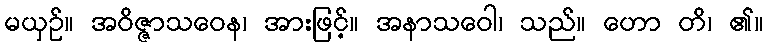
မယှဉ်။ အဝိဇ္ဇာသဝေန၊ အားဖြင့်။ အနာသဝေါ၊ သည်။ ဟော တိ၊ ၏။